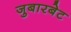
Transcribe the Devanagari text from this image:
जुबारबेट